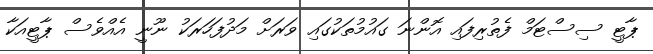
ޕާޓީ ސިސްޓަމް ފެތުރިފައި އޮންނަ ގައުމުތަކުގައި ވަރަށް މަދުފަހަރަކު ނޫނީ އެއްވެސް ޕާޓީއަކާ